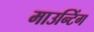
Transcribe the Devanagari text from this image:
माउन्टिंग